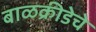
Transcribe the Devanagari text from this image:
बाळक्रीडेचे